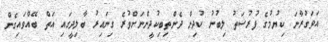
އަވަގުރާނަ ކިޔުމުގެ ފުރުސަތު ލިބުނު ކުދިން ދެންތިބިކުދީންނަށްވުރެ ގިނައިރު ބާލިދީގައި އަތް ބޭއްވައިގެން